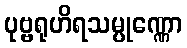
ပုဗ္ဗရုဟိရသမ္ပုဏ္ဏော